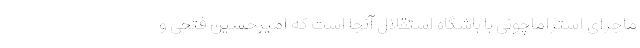
ماجرای استراماچونی با باشگاه استقلال آنجا است که امیرحسین فتحی و